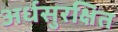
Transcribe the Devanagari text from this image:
अर्धसुरक्षित